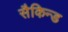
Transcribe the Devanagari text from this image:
सैकिन्ड